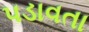
પડાવતા